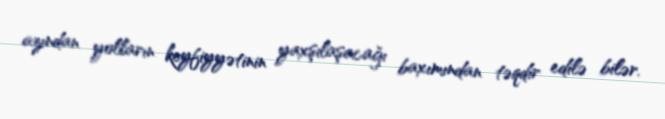
azından yolların keyfiyyətinin yaxşılaşacağı baxımından təqdir edilə bilər.